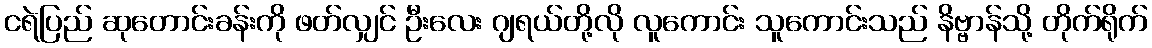
ငရဲပြည် ဆုတောင်းခန်းကို ဖတ်လျှင် ဦးလေး ဂျရယ်တို့လို လူကောင်း သူကောင်းသည် နိဗ္ဗာန်သို့ တိုက်ရိုက်